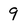
Character: 9